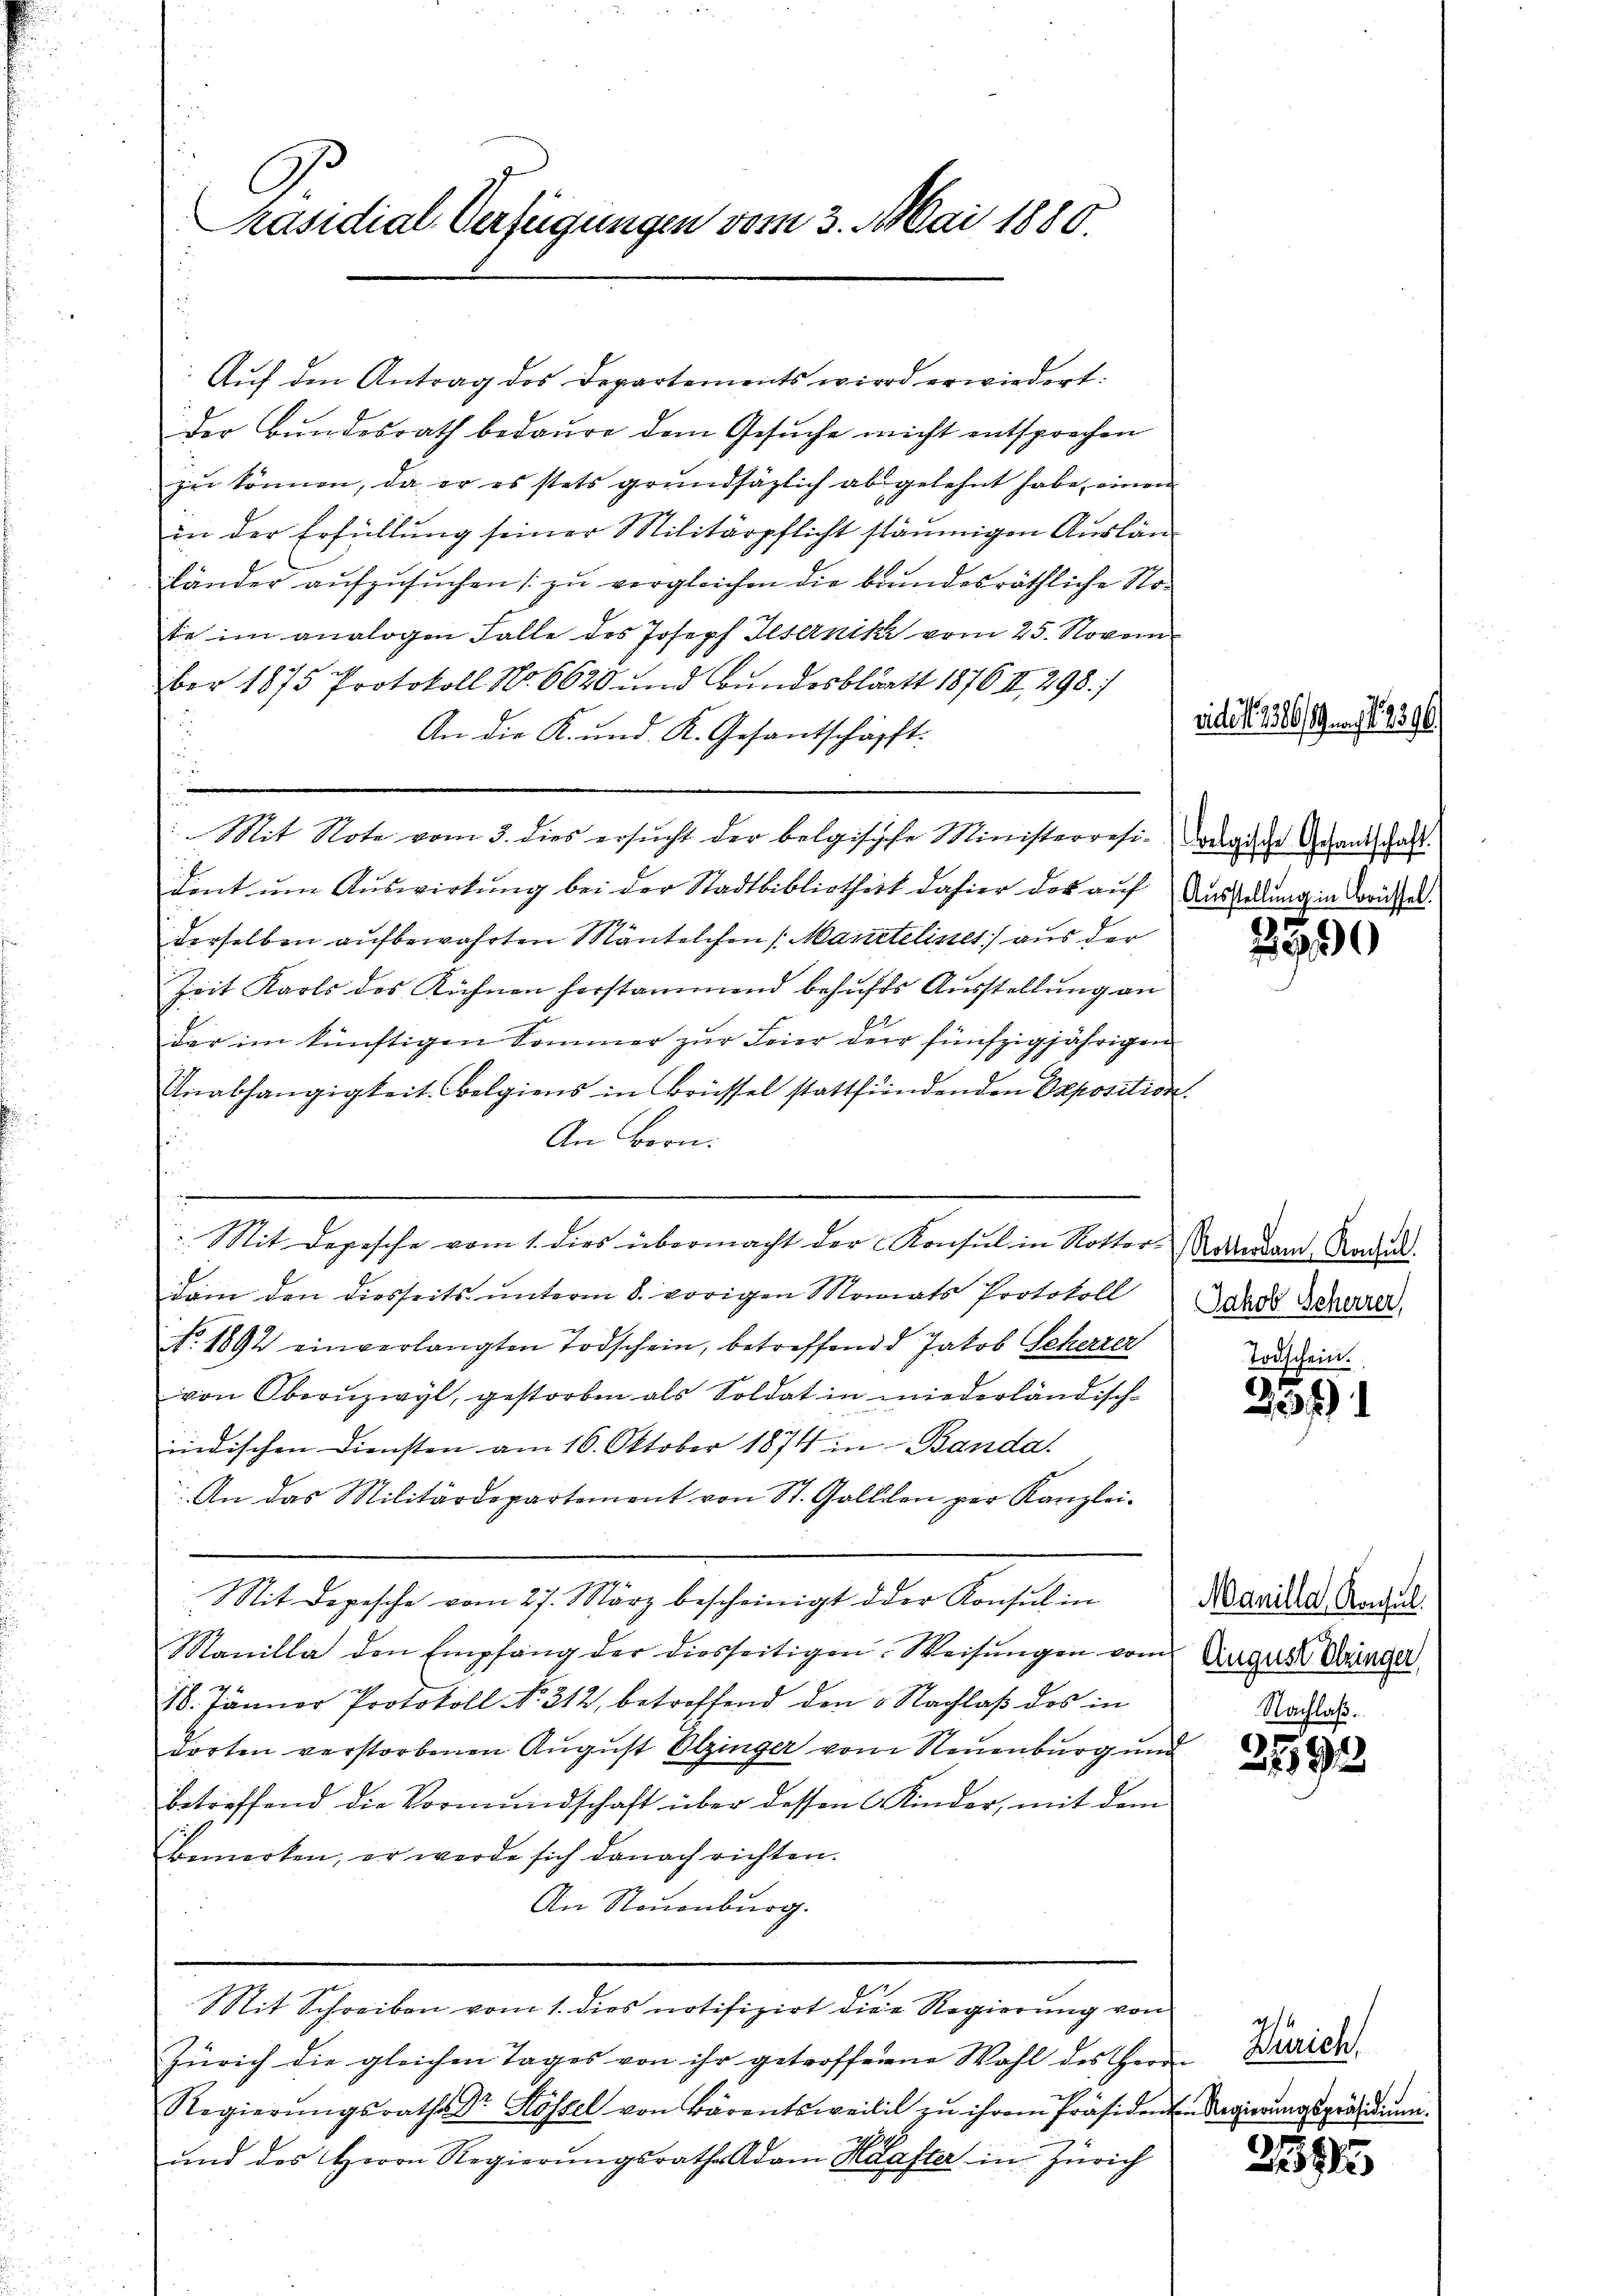
Präsidial-Verfügungen vom 3. Mai 1880.

der Bundesrath bedaure dem Gesuche nicht entsprechen
zŭ können, da er es stets grundsätzlich ab gelehnt habe, einen
in der Erfüllŭng seiner Militärpflicht stäumigen Auslän
länder aufzusuchen (zu vergleichen die brundesräthliche Stote im analogen Falle des Joseph Gesernik vom 25. Novem
ber 1875 Protokoll No 6620 und Bundesblatt 1876 II 298./
An die K. und. K. Gesantschäfft.
Mit Note vom 3. dies ersŭcht der belgische Ministerresi-Logische Gesandschaft
dent um Auswirkung bei der Stadtbibliotheit dahier das auf Ausladung in Brüssel
derselben aufbewahrten Mäntelchen (Mantelisses aus der
Zeit Karls des Kühnen herstammend behufs Ausstellung an
der im künftigen Sommer zur Feier der fünfzigjährigen
Anabhängigkeit belgiens in Brüssel stattfindenden Opposition
An Bern.
u
.
: Mit Depesche vom 1. dies übermacht der Konsul in Notter-Kardam Raden.
dam den diesseits unterm 8. vorigen Monats Protokoll
N. 1892 einverlangten Todschein, betreffend Jakob Geherrer
von Obernzwyl, gestorben als Soldat in wiederländisch-
indischen Diensten am 16. Oktober 1874 in Banda.
An das Militärdepartement von St. Gallen per Kanzlei-
Mit Depesche vom 27. März bescheinigt der Konsul in
Manilla den Empfang der diesseitigen. Weisŭngen vom August Dingel
18. Jänner Protokoll No. 312, betreffend den 3. Nachlaβ des in
dorten verstorbenen Aŭgŭst Olzinger vom Neuenburg und
betreffend die Vormundschaft über dessen Kinder, mit dem
Bemerken, er werde sich danach richten.
An Steuenburg.
Mittheilen damit eine nach ein eine Regierung und
Zürich die gleichen Tages von ihr getroffenen Wahl des Herrn Dreien
Regierŭngsraths Dr. Kössel von Bärentsweili zu ihrem Präsidenen Regierungspräsidium.
ŭnd des Herrn Regierŭngsrathe Adam Hafter in Zürich

Auf den Antrag des Departements wird erwiedert.

vides 1386/9. d. 1296.

2990

Jakob Scherrer,
Todschein

237)

Manilla Konsul
Nachlaß.

259

2395